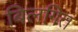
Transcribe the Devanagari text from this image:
बिलगित